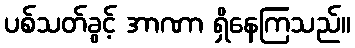
ပစ်သတ်ခွင့် အာဏာ ရှိနေကြသည်။